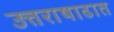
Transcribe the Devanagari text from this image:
उत्तराषाढात